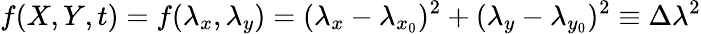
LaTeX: f(X,Y,t)=f(\lambda_{x},\lambda_{y})=(\lambda_{x}-\lambda_{x_{0}})^{2}+(\lambda_{y}-\lambda_{y_{0}})^{2}\equiv\Delta\lambda^{2}